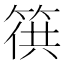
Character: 𥯏